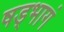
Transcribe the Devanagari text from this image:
षड्भागं